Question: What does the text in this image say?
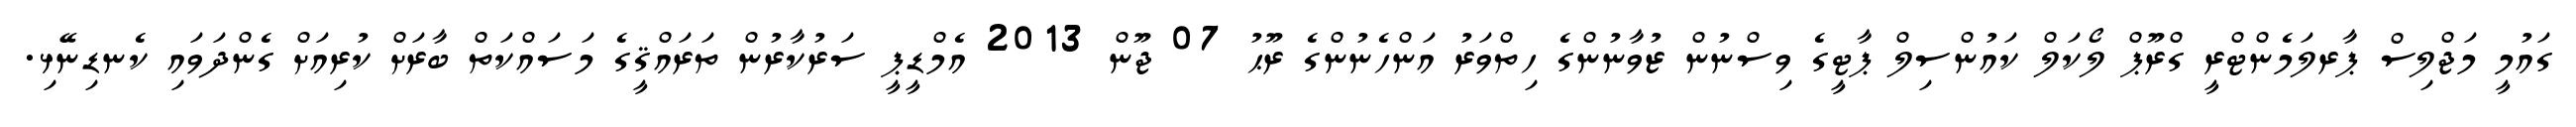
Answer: ގައުމީ މަޖްލިސް ޕާރލަމެންޓްރީ ގްރޫޕް ލޯކަލް ކައުންސިލް ޕާޓީގެ ވިސްނުން ޒުވާނުންގެ ހިތްވަރު އަންހެނުންގެ ރޫޙު 07 ޖޫން 2013 އެމްޑީޕީ ސަރުކާރުން ތަރައްޤީގެ މަސައްކަތް ބާރަށް ކުރިއަށް ގެންދަވައި ކެނޑިނޭޅި.